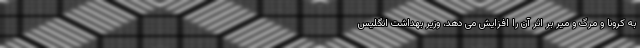
به کرونا و مرگ و میر بر اثر آن را افزایش می دهد، وزیر بهداشت انگلیس